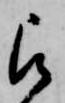
被